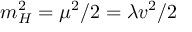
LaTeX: m _ { H } ^ { 2 } = \mu ^ { 2 } / 2 = \lambda v ^ { 2 } / 2